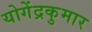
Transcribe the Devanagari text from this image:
योगेंद्रकुमार